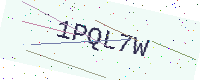
Text: 1PQL7W